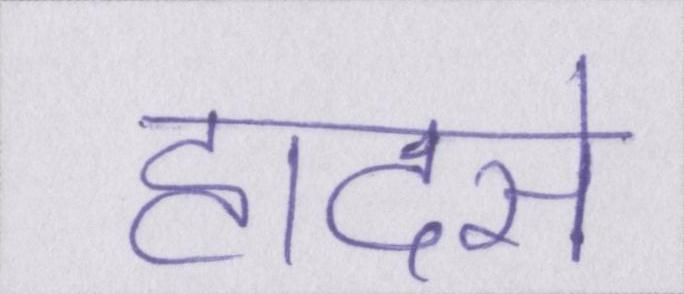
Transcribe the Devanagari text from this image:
हादसे